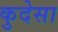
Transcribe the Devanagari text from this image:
कुदेसा